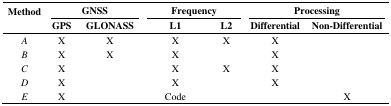
<table><thead><tr><td rowspan="3"><b>Method</b></td><td colspan="2"><b>GNSS</b></td><td colspan="2"><b>Frequency</b></td><td colspan="2"><b>Processing</b></td></tr><tr><td><b>GPS</b></td><td><b>GLONASS</b></td><td><b>L1</b></td><td><b>L2</b></td><td><b>Differential</b></td><td><b>Non-Differential</b></td></tr></thead><tbody><tr><td><i>A</i></td><td>X</td><td>X</td><td>X</td><td>X</td><td>X</td><td></td></tr><tr><td><i>B</i></td><td>X</td><td>X</td><td>X</td><td></td><td>X</td><td></td></tr><tr><td><i>C</i></td><td>X</td><td></td><td>X</td><td>X</td><td>X</td><td></td></tr><tr><td><i>D</i></td><td>X</td><td></td><td>X</td><td></td><td>X</td><td></td></tr><tr><td><i>E</i></td><td>X</td><td></td><td>Code</td><td></td><td></td><td>X</td></tr></tbody></table>